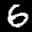
Label: 6